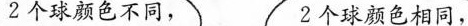
2个球颜色不同， 2个球颜色相同，